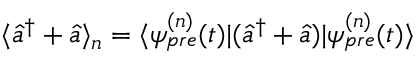
\langle \hat { a } ^ { \dagger } + \hat { a } \rangle _ { n } = \langle \psi _ { p r e } ^ { ( n ) } ( t ) | ( \hat { a } ^ { \dagger } + \hat { a } ) | \psi _ { p r e } ^ { ( n ) } ( t ) \rangle